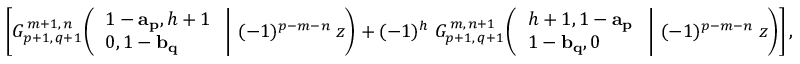
\left[ G _ { p + 1 , \, q + 1 } ^ { \, m + 1 , \, n } \! \left( \left. { \begin{array} { l } { 1 - \mathbf { a _ { p } } , h + 1 } \\ { 0 , 1 - \mathbf { b _ { q } } } \end{array} } \; \right| \, ( - 1 ) ^ { p - m - n } \; z \right) + ( - 1 ) ^ { h } \; G _ { p + 1 , \, q + 1 } ^ { \, m , \, n + 1 } \! \left( \left. { \begin{array} { l } { h + 1 , 1 - \mathbf { a _ { p } } } \\ { 1 - \mathbf { b _ { q } } , 0 } \end{array} } \; \right| \, ( - 1 ) ^ { p - m - n } \; z \right) \right] ,